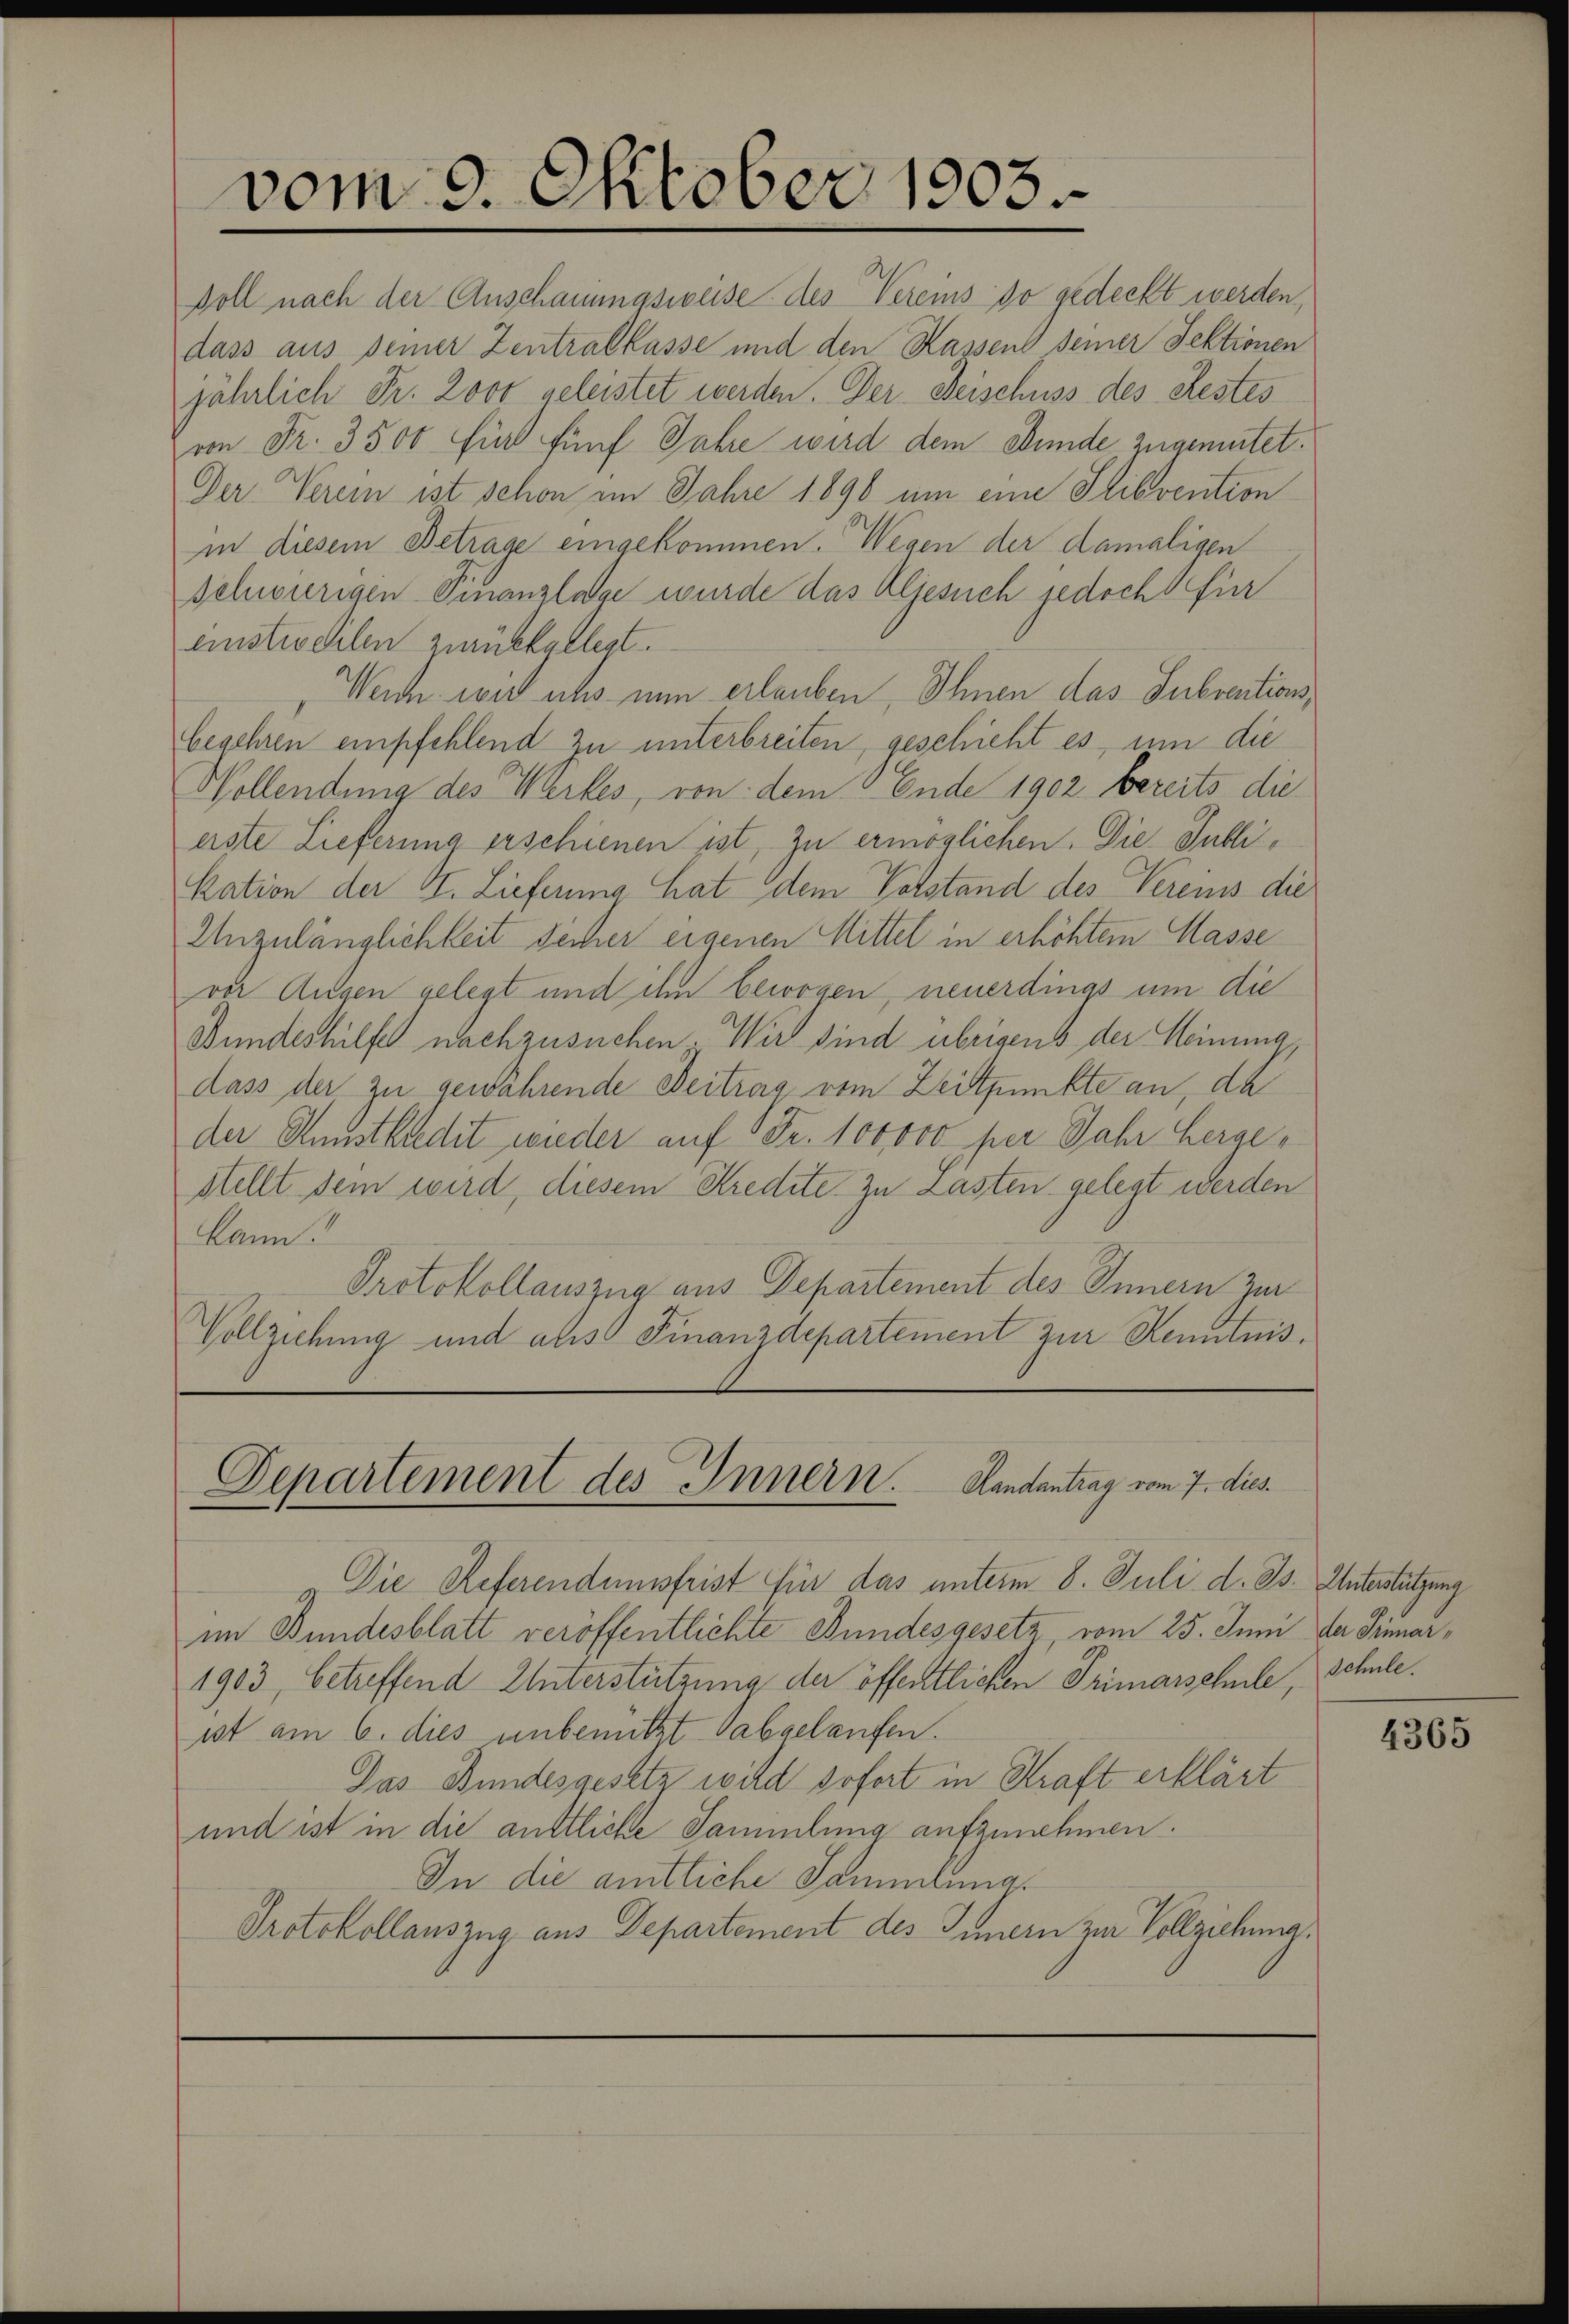
voll nach der Anschauungsweise des Vereins so gedeckt werden,
dass aus seiner Zentralkasse und den Kassens seiner Sektionen
jährlich Fr. 2oot geleistet werden. Der Verschuss des Restes
von Fr. 3500 für fünf Jahre wird dem Stunde zugemutet.
Der Verein ist schon im Jahre 1896 um eine Slibvention
in diesem Betrage eingekommen. Wegen der damaligen
schwierigen Finanzlage wurde das Aljesuch jedoch für
einstweilen zurückgelegt.
Weich wir uns nun erlauben, Ihnen das Subventionsbegehren empfehlend zu unterbreiten, geschieht es, um die
Wollendung des Werkes, von dem Ende 1902 bereits die
erste Lieferung erschienen ist, zu ermöglichen. Die Publikation der VI. Lieferung hat dem Vorstand des Vereis die
Unzulänglichkeit sicher eigenen Mittel in erhöhtem Masse
vor Augen gelegt und ihn bewogen, neuerdings um die
Bundeshilfel nachzusuchen. Wir sind übrigens der Meinung,
dass der zu gewährende Beitrag vom Zeitpunkte an, da
der Austhaedit wieder auf 1 Fr. 100,000 per Jahr hergestellt dem wird, diesem Kredite zu Lasten gelegt werden
kann!
Protokollauszug aus Departement des Innern zur
Vollziehung und als Finanzdepartement zur Kenntnis.

vom 9. Oktober 1805.

Departement des Innern. Handantrag vom 7. dies

& Die Referendumssfrist für das unterm 8. Juli d. Js. Unterstützung
im Bundesblatt veröffentlichte Bundesgesetz, vom 25. Juni der Sinner¬
1903, betreffend Unterstützung der öffentlichen Primarschule, Schule.
ist am 6. dies unbenutzt abgelaufen.
Das Bundesgesetz wild sofort in Kraft erklärt
und ist in die auttliche Sammlung aufzunehmen.
In die amtliche Sammlung.
Protokollauszug aus Departement des Innern zur Vollziehung.

4365